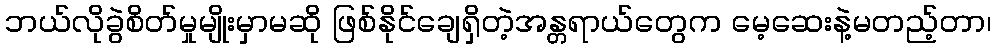
ဘယ်လိုခွဲစိတ်မှုမျိုးမှာမဆို ဖြစ်နိုင်ချေရှိတဲ့အန္တရာယ်တွေက မေ့ဆေးနဲ့မတည့်တာ၊